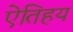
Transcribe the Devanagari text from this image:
ऐतिहय